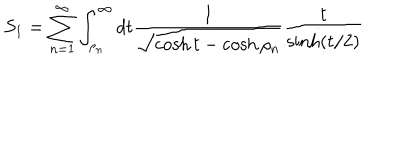
S _ { 1 } = \sum _ { n = 1 } ^ { \infty } \int _ { \rho _ { n } } ^ { \infty } d t \frac { 1 } { \sqrt { \cosh t - \cosh \rho _ { n } } } \frac { t } { \sinh ( t / 2 ) }